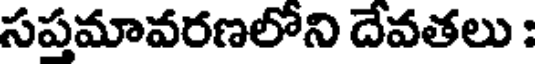
సప్రమావరణలోని దేవతలు :